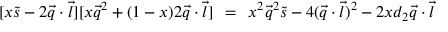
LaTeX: [ x \tilde { s } - 2 \vec { q } \cdot \vec { l } ] [ x \vec { q } ^ { 2 } + ( 1 - x ) 2 \vec { q } \cdot \vec { l } ] \; \, = \; \, x ^ { 2 } \vec { q } ^ { 2 } \tilde { s } - 4 ( \vec { q } \cdot \vec { l } ) ^ { 2 } - 2 x d _ { 2 } \vec { q } \cdot \vec { l }